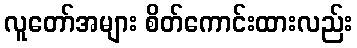
လူတော်အများ စိတ်ကောင်းထားလည်း